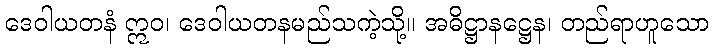
ဒေဝါယတနံ ဣဝ၊ ဒေဝါယတနမည်သကဲ့သို့။ အဓိဋ္ဌာနဋ္ဌေန၊ တည်ရာဟူသော